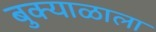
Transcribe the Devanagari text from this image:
बुक्याळाला